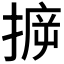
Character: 𢯪